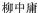
柳中庸